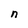
Character: n